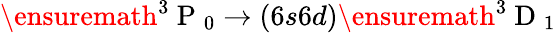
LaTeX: \ensuremath{{^3\mathrm{~P~}_{0}}}\rightarrow(6s6d)\ensuremath{{^3\mathrm{~D~}_{1}}}